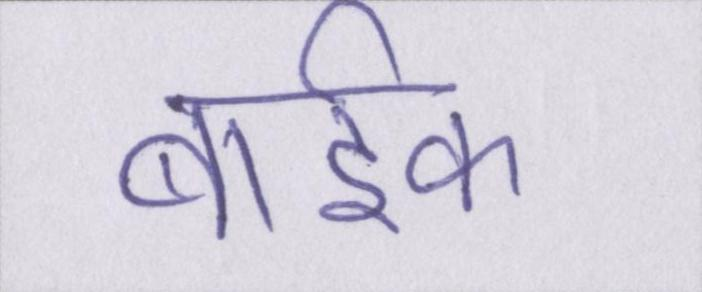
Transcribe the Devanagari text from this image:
बार्इक